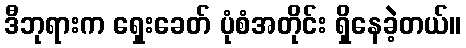
ဒီဘုရားက ရှေးခေတ် ပုံစံအတိုင်း ရှိနေခဲ့တယ်။